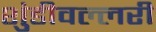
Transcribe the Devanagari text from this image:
शुंडीवल्लरी